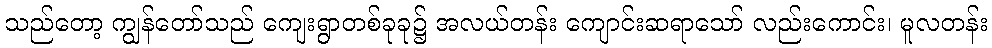
သည်တော့ ကျွန်တော်သည် ကျေးရွာတစ်ခုခု၌ အလယ်တန်း ကျောင်းဆရာသော် လည်းကောင်း၊ မူလတန်း